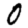
Digit: 0